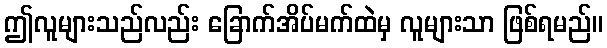
ဤလူများသည်လည်း ခြောက်အိပ်မက်ထဲမှ လူများသာ ဖြစ်ရမည်။